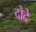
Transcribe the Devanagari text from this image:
दोदे